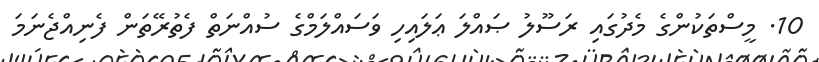
10. މީސްތަކުންގެ މެދުގައި ރަސޫލު ޞައްލަ ޢަލައިހި ވަސައްލަމްގެ ސުއްނަތް ފެތުރޭތަން ފެނިއްޖެނަމަ